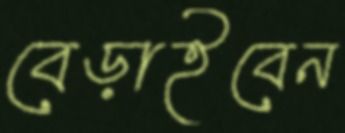
বেড়াইবেন